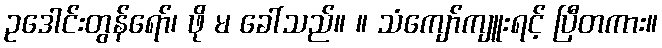
ဥဒေါင်းတွန်ရော်၊ ဖို မ ခေါ်သည်။ ။ သံကျော်ကျူးရင့် ပြီတကား။